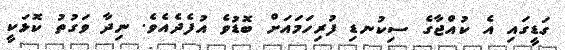
ގަޑީގައި އެ ކުއްޖާގެ ސިކުނޑި ފުރިހަމައަށް ބޮޑުވެ އުފެދެއެވެ. ނިދާ ވަގުތު ކޮޅަކީ